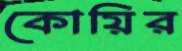
কোয়ির